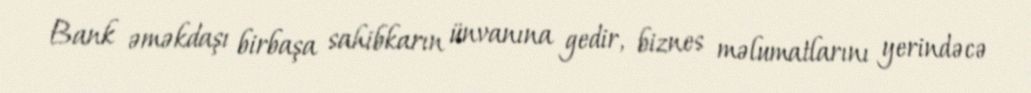
Bank əməkdaşı birbaşa sahibkarın ünvanına gedir, biznes məlumatlarını yerindəcə